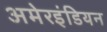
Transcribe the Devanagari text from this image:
अमेरइंडियन